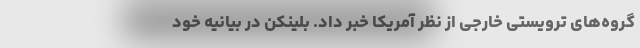
گروه‌های ترویستی خارجی از نظر آمریکا خبر داد. بلینکن در بیانیه خود